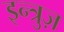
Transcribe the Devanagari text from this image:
इन्त्रुज़